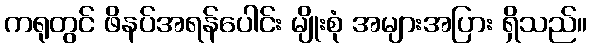
ကရုတွင် ဖိနပ်အရန်ပေါင်း မျိုးစုံ အများအပြား ရှိသည်။